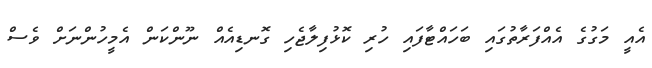
އެއީ މަގުގެ އެއްފަރާތުގައި ބަހައްޓާފައި ހުރި ކޮޅުފިލާޖެހި ގޮނޑިއެއް ނޫންކަން އެމީހުންނަށް ވެސް